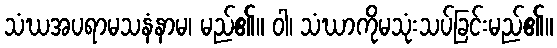
သံဃအပရာမသနံနာမ၊ မည်၏။ ဝါ၊ သံဃာကိုမသုံးသပ်ခြင်းမည်၏။